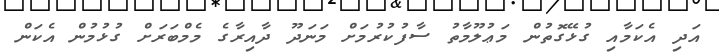
އަދި އެކަމާއި ގުޅޭގޮތުން މަޢުލޫމާތު ސާފުކުރުމަށް މަނަދޫ ދާއިރާގެ މެމްބަރަށް ގުޅުމުން އެކަން